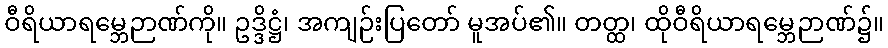
ဝီရိယာရမ္ဘေဉာဏ်ကို။ ဥဒ္ဒိဋ္ဌံ၊ အကျဉ်းပြတော် မူအပ်၏။ တတ္ထ၊ ထိုဝီရိယာရမ္ဘေဉာဏ်၌။